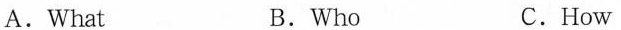
A. What B. Who C. How